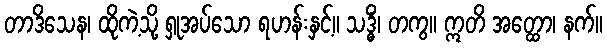
တာဒိသေန၊ ထိုကဲ့သို့ ရှုအပ်သော ရဟန်းနှင့်။ သဒ္ဓိံ၊ တကွ။ ဣတိ အတ္ထော၊ နက်။